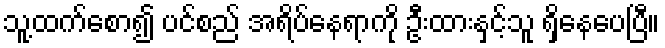
သူ့ထက်စော၍ ပင်စည် အရိပ်နေရာကို ဦးထားနှင့်သူ ရှိနေပေပြီ။